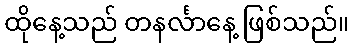
ထိုနေ့သည် တနင်္လာနေ့ ဖြစ်သည်။